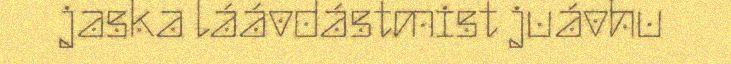
jaska láávdástmist juávhu